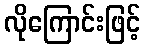
လိုကြောင်းဖြင့်